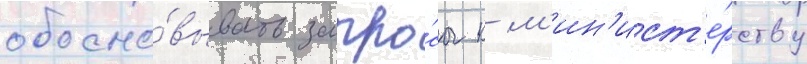
обосно́вывать запро́сы к м'ин'ист'е́рству